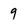
Character: 9